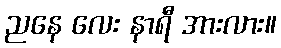
ညနေ လေး နာရီ အားလား။